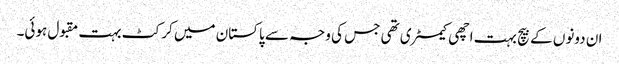
ان دونوں کے بیچ بہت اچھی کیمسٹری تھی جس کی وجہ سے پاکستان میں کرکٹ بہت مقبول ہوئی۔